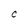
Character: C